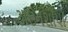
ટાઉનશીપો